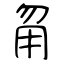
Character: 甮